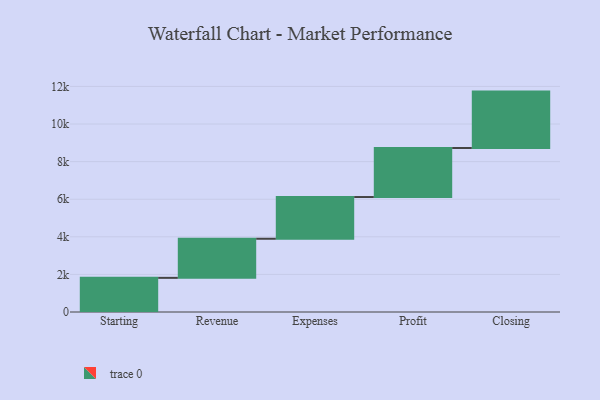
{"axis": {"x": "Step", "y": "Value"}, "legend": [""], "data": [{"x": "Starting", "y": 1817.0, "type": ""}, {"x": "Revenue", "y": 2080.0, "type": ""}, {"x": "Expenses", "y": 2219.0, "type": ""}, {"x": "Profit", "y": 2609.0, "type": ""}, {"x": "Closing", "y": 3000, "type": ""}]}